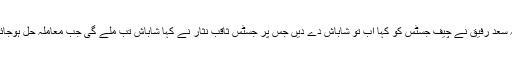
خواجہ سعد رفیق نے چیف جسٹس کو کہا اب تو شاباش دے دیں جس پر جسٹس ثاقب نثار نے کہا شاباش تب ملے گی جب معاملہ حل ہوجائے گا۔